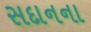
સદાનના